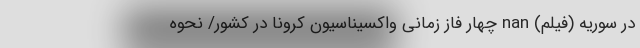
در سوریه (فیلم) nan چهار فاز زمانی واکسیناسیون کرونا در کشور/ نحوه